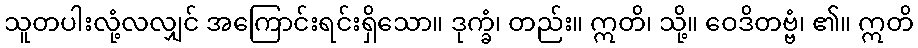
သူတပါးလုံ့လလျှင် အကြောင်းရင်းရှိသော။ ဒုက္ခံ၊ တည်း။ ဣတိ၊ သို့။ ဝေဒိတဗ္ဗံ၊ ၏။ ဣတိ